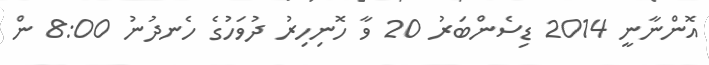
އޮންނާނީ 2014 ޑިސެންބަރު 20 ވާ ހޮނިހިރު ދުވަހުގެ ހެނދުނު 8:00 ން